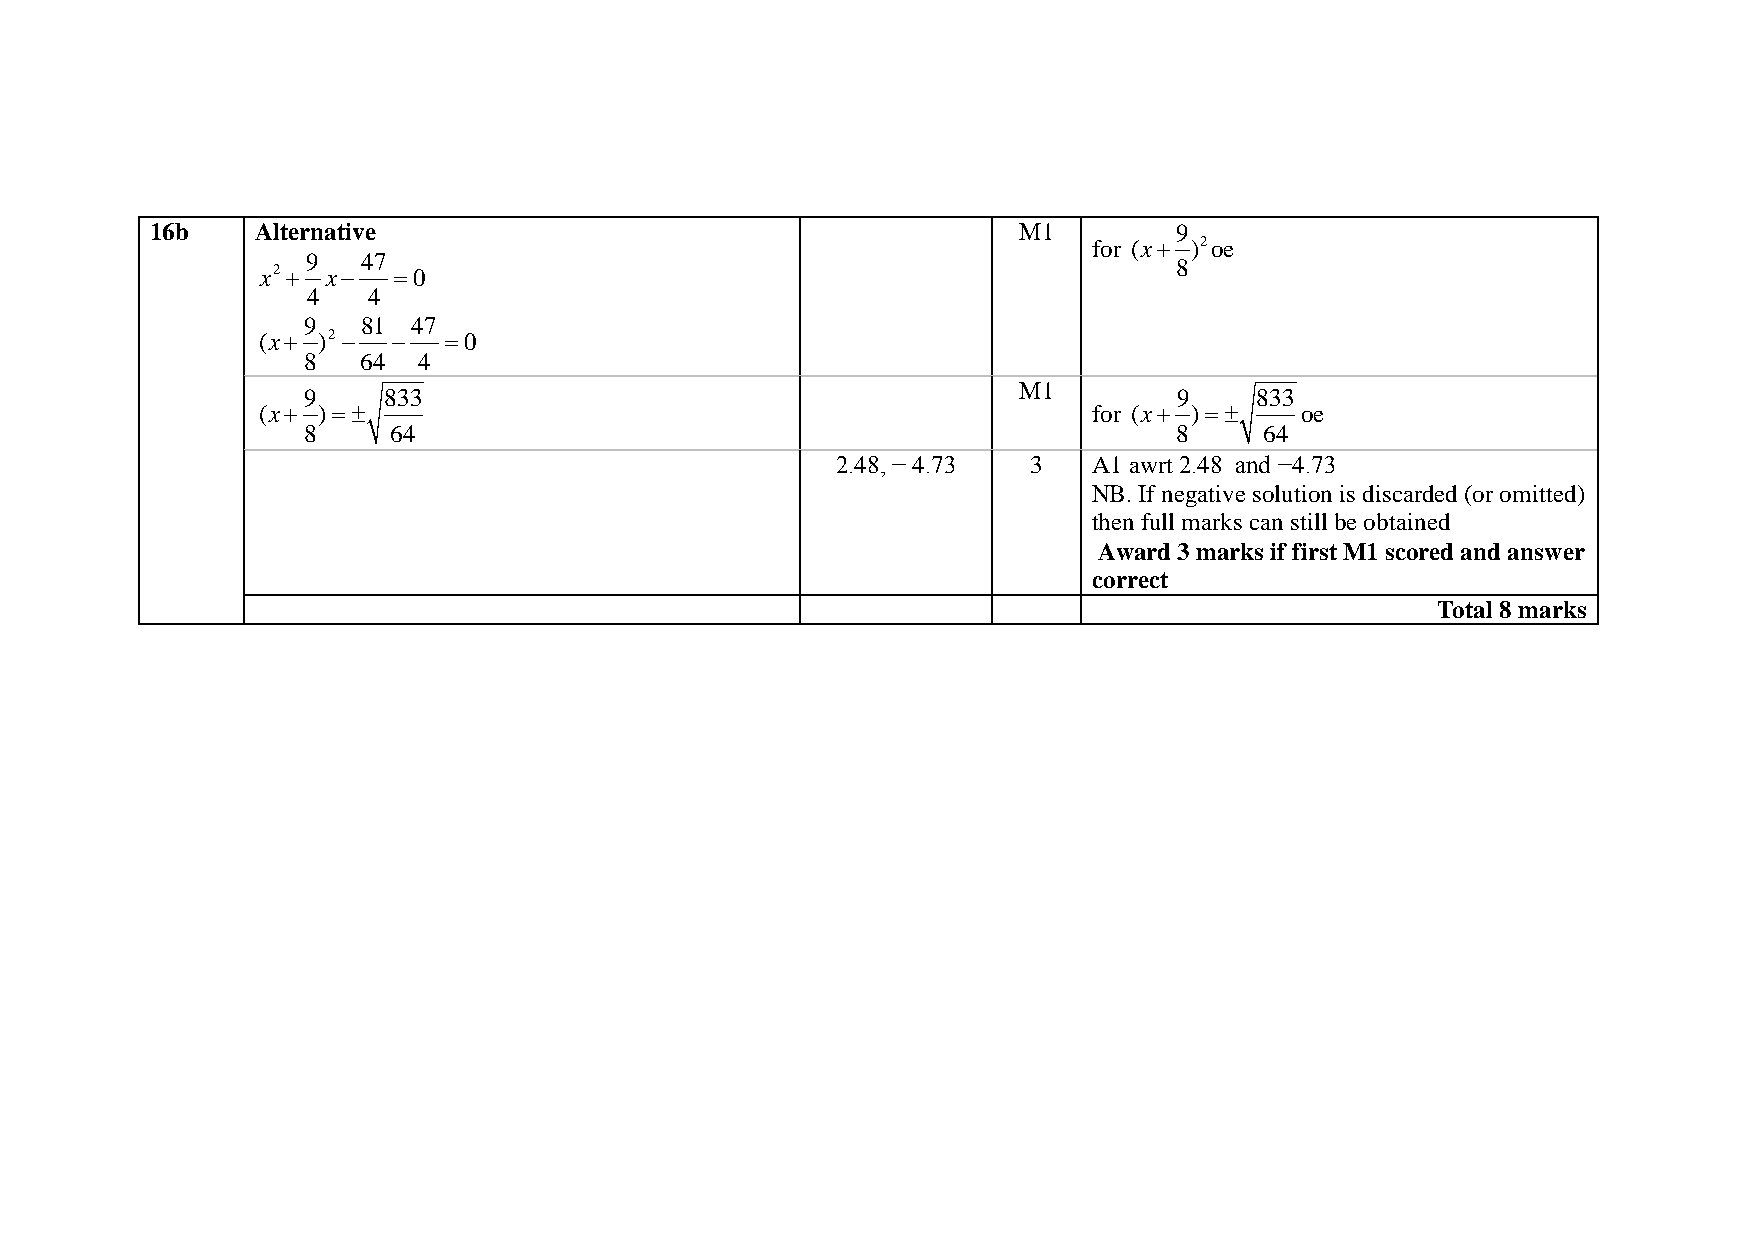
16b    Alternative                                       M1         9
 for (x+ )2oe
 9   47
 x2 + x−  =0                                                  8
 4   4
 9   81 47
 (x+ )2 − −  =0
 8   64  4
 M1
 9    833                                                  9    833
 (x+ )=±                                                for (x+ )=±   oe
 8     64                                                  8     64
 2.48, − 4.73 3   A1 awrt 2.48 and −4.73
 NB. If negative solution is discarded (or omitted)
 then full marks can still be obtained
 Award 3 marks if first M1 scored and answer
 correct
 Total 8 marks